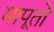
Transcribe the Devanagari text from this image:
मापूतो